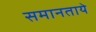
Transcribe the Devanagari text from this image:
समानताये